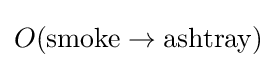
O(\mathrm {smoke} \to \mathrm {ashtray} )